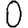
Digit: 0